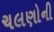
ચલણોની